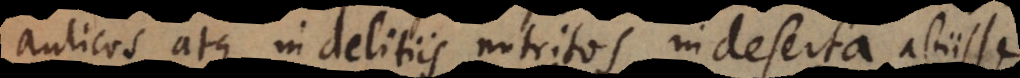
aulicos atque in deliciis nutritos in deserta abiisse